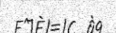
-      :